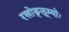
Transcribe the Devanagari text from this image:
रखोङ्लूम्योः